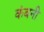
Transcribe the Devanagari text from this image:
कंबनी